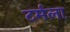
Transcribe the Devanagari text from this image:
टर्मला